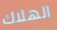
الهلاك